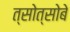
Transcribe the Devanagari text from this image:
त्सोत्सोबे